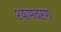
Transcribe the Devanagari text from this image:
श्यामचरण